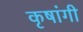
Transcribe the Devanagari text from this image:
कृषांगी